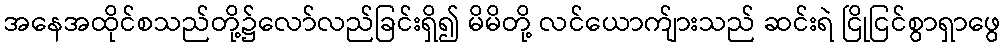
အနေအထိုင်စသည်တို့၌လော်လည်ခြင်းရှိ၍ မိမိတို့ လင်ယောက်ျားသည် ဆင်းရဲ ငြိုငြင်စွာရှာဖွေ